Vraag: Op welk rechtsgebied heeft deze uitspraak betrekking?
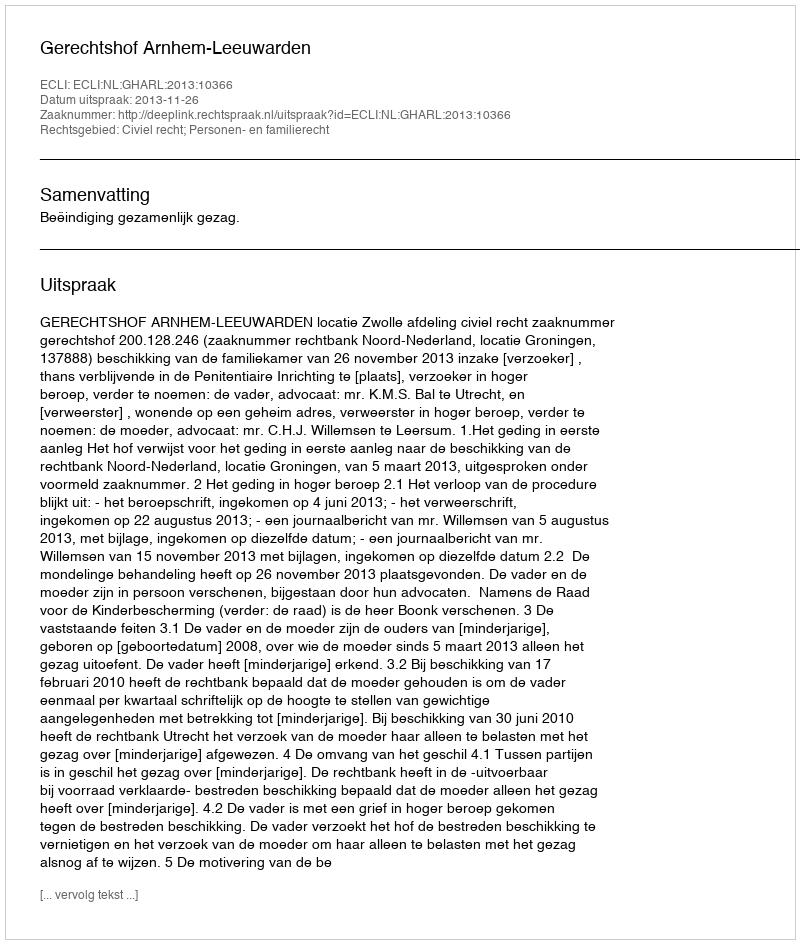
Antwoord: Civiel recht; Personen- en familierecht